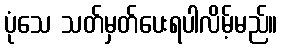
ပုံသေ သတ်မှတ်ပေးရပါလိမ့်မည်။